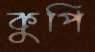
কুপি